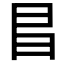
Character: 𫡆